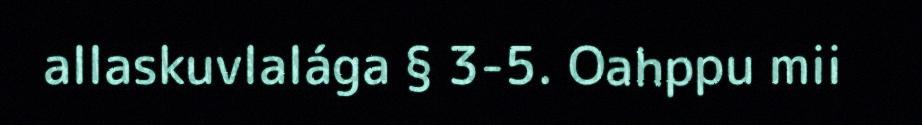
allaskuvlalága § 3-5. Oahppu mii